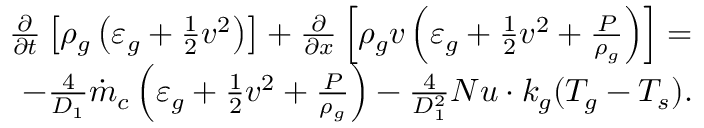
\begin{array} { r } { \frac { \partial } { \partial t } \left[ \rho _ { g } \left( \varepsilon _ { g } + \frac { 1 } { 2 } v ^ { 2 } \right) \right] + \frac { \partial } { \partial x } \left[ \rho _ { g } v \left( \varepsilon _ { g } + \frac { 1 } { 2 } v ^ { 2 } + \frac { P } { \rho _ { g } } \right) \right] = } \\ { - \frac { 4 } { D _ { 1 } } \dot { m } _ { c } \left( \varepsilon _ { g } + \frac { 1 } { 2 } v ^ { 2 } + \frac { P } { \rho _ { g } } \right) - \frac { 4 } { D _ { 1 } ^ { 2 } } N u \cdot k _ { g } ( T _ { g } - T _ { s } ) . } \end{array}